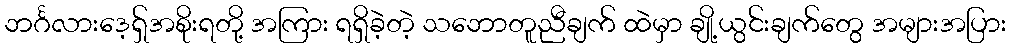
ဘင်္ဂလားဒေ့ရှ်အစိုးရတို့ အကြား ရရှိခဲ့တဲ့ သဘောတူညီချက် ထဲမှာ ချို့ယွင်းချက်တွေ အများအပြား